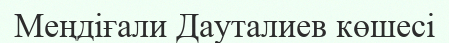
Меңдіғали Дауталиев көшесі